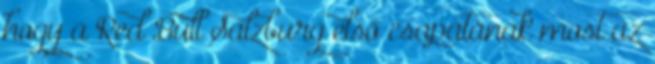
hogy a Red Bull Salzburg első csapatának most az